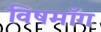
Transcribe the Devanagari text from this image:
विषमाँग